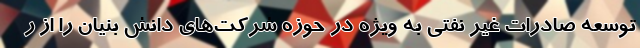
توسعه صادرات غیر نفتی به ویژه در حوزه شرکت‌های دانش بنیان را از ر